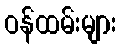
ဝန်ထမ်းများ